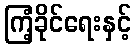
ကြံ့ခိုင်ရေးနှင့်